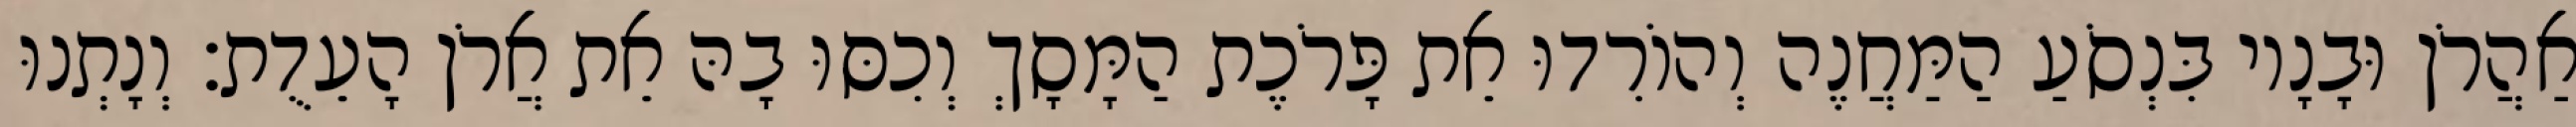
אַהֲרֹן וּבָנָיו בִּנְסֹעַ הַמַּחֲנֶה וְהוֹרִדוּ אֵת פָּרֹכֶת הַמָּסָךְ וְכִסּוּ בָהּ אֵת אֲרֹן הָעֵדֻת׃ וְנָתְנוּ